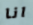
انا